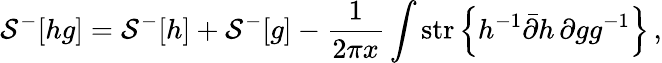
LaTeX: {\cal S}^{-}[hg]={\cal S}^{-}[h]+{\cal S}^{-}[g]-\frac{1}{2\pi x}\int\mathrm{str}\left\{ h^{-1}\bar{\partial}h\, \partial gg^{-1}\right\} \, ,